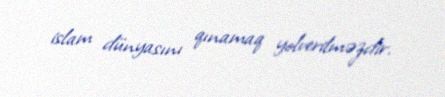
islam dünyasını qınamaq yolverilməzdir.